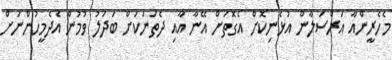
މެހެރީންއާ އަރްސަލާން އުޅެނިކޮށް އެގޮތަށް އޭނާ އާއި ދެތަނަކަށް ބަދަލު ވުމުން އެދެމީހުންނަށް